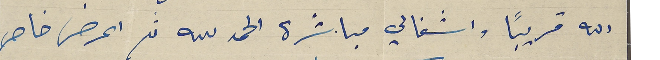
الله قريبًا واشغالي مباشرة الحمدلله ثم اعرض خاص